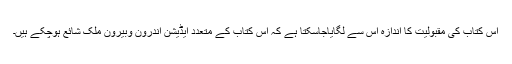
اس کتاب کی مقبولیت کا اندازہ اس سے لگایاجاسکتا ہے کہ اس کتاب کے متعدد ایڈیشن اندرون وبیرون ملک شائع ہوچکے ہیں۔